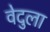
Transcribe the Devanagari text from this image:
वेदुला